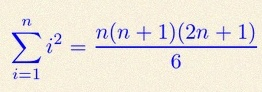
\sum_{i=1}^{n}i^2=\frac{n(n+1)(2n+1)}6